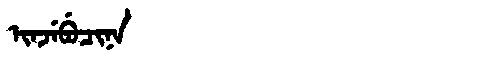
Manchu: ᡳᠨᠵᡝᠪᡠᠴᡳᠨᠠ
Romanization: INJEBUCINA